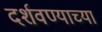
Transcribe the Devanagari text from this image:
दर्शवण्याच्या